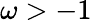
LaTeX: \omega>-1